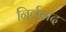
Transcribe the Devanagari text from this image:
निर्ववाद